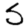
Digit: 5